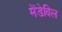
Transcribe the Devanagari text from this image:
मेंडेविल